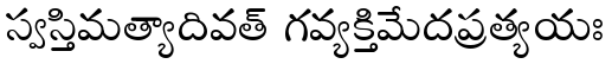
స్వస్తిమత్యాదివత్ గవ్యక్తిమేదప్రత్యయః